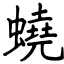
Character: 蟯